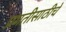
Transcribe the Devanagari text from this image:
प्रगतीसाठीचे